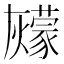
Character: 𰟶